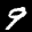
Digit: 9